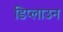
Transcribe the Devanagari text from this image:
डिप्लाउन